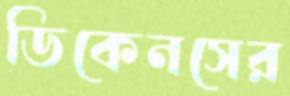
ডিকেনসের